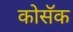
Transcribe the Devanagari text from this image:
कोसॅक